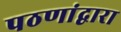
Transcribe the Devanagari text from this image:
पठणांद्वारा